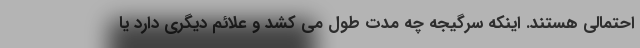
احتمالی هستند. اینکه سرگیجه چه مدت طول می کشد و علائم دیگری دارد یا